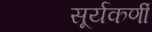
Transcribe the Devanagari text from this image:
सूर्यकर्णी